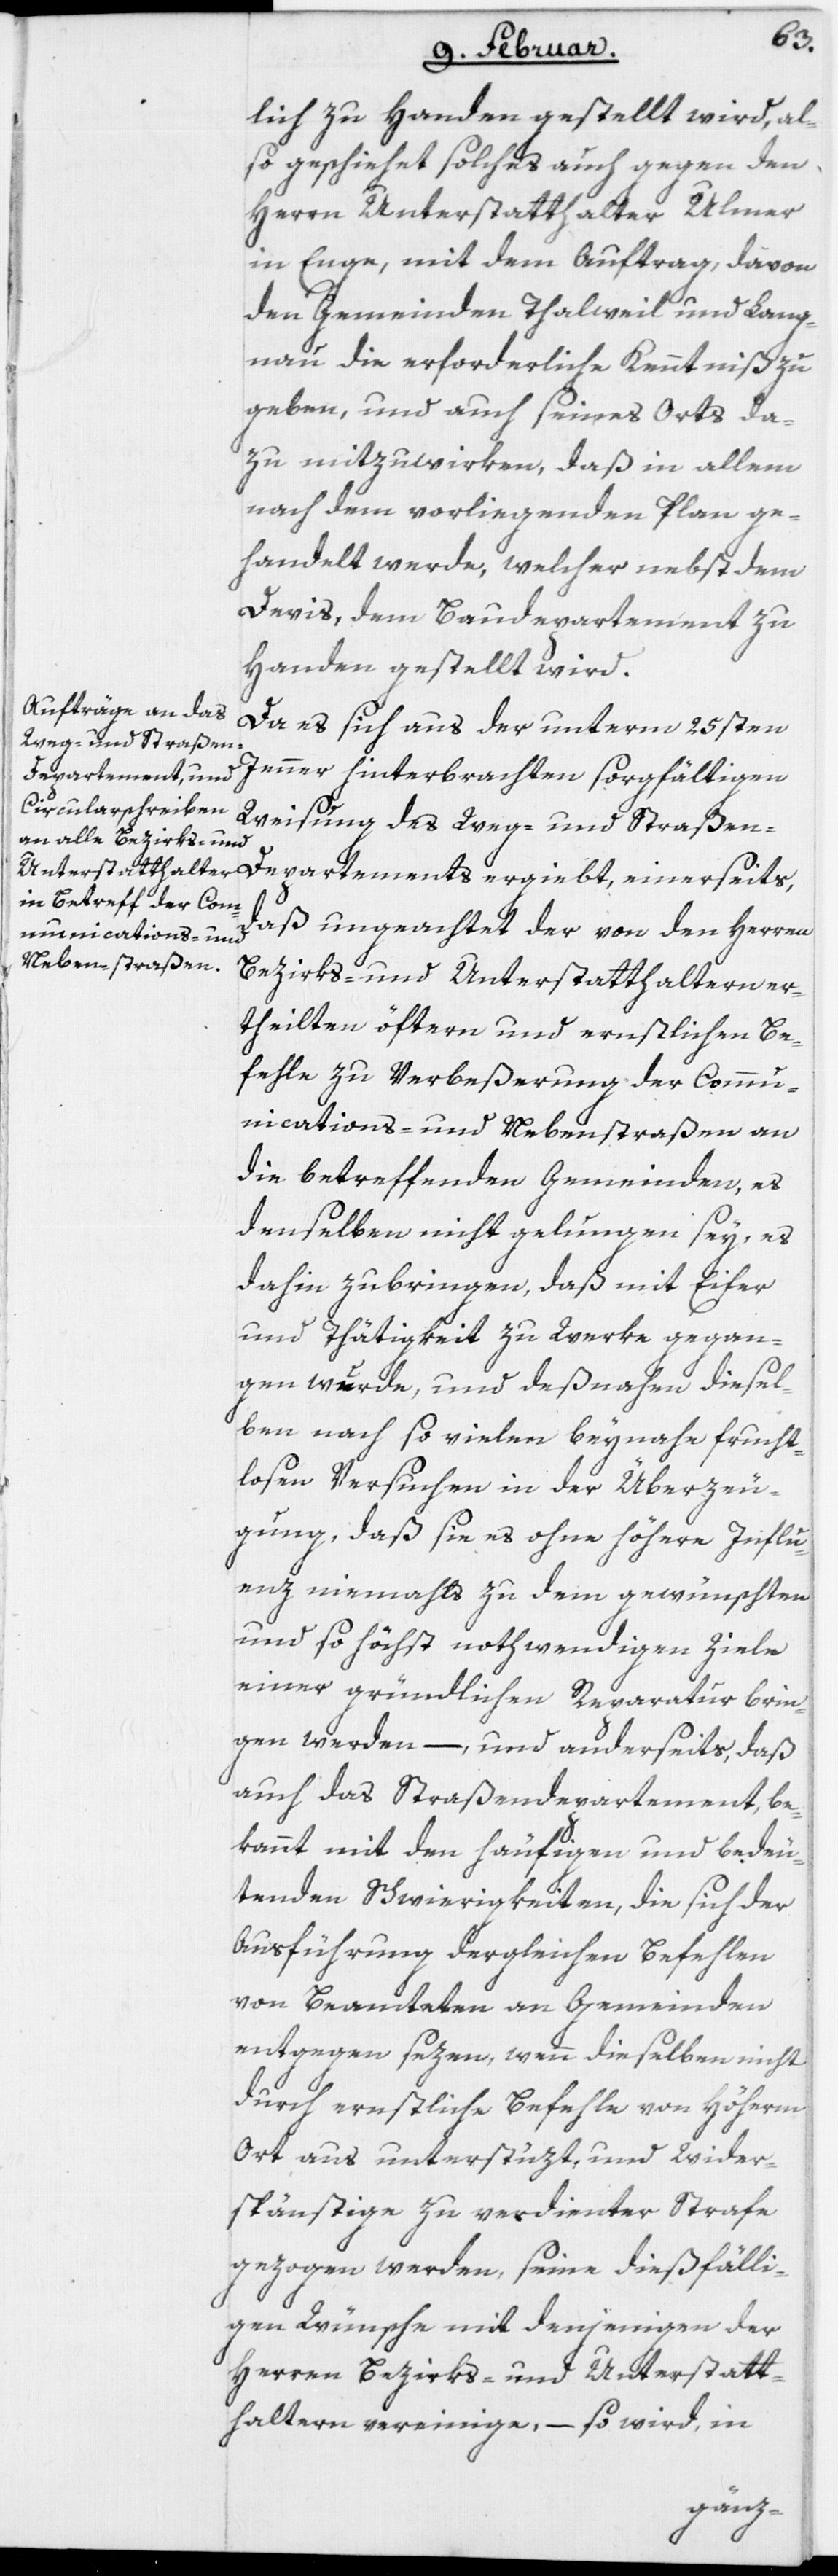
epa¬
lich zu Handen gestellt wird, al¬
so geschiehet solches auch gegen den
Herrn Unterstatthalter Ulmer
in Enge, mit dem Auftrag, davon
den Gemeinden Thalweil und Lang¬
nau die erforderliche Kenntniß zu
geben, und auch seines Orts da¬
zu mitzuwirken, daß in allem
nach dem vorliegenden Plan ge¬
handelt werde, welcher nebst dem
Devis, dem Baudepartement zu
Handen gestellt wird.
Da es sich aus der unterm 25sten
Jenner hinterbrachten sorgfältigen
Weisung des Weg- und Straßen-D¬
daß ungeachtet der von den Herren
Bezirks- und Unterstatthaltern er¬
theilten öftern und ernstlichen Be¬
fehle zu Verbeßerung der Commu¬
nications- und Nebenstraßen an
die betreffenden Gemeinden, es
denselben nicht gelungen sey, es
dahin zu bringen, daß mit Eifer
und Thätigkeit zu Werke gegan¬
gen werde, und deßnahen diesel¬
ben nach so vieler beynahe frucht¬
losen Versuchen in der Überzeu¬
gung, daß sie es ohne höhere Influ¬
enz niemahls zu dem gewünschten
und so höchst nothwendigen Ziele
einer gründlichen Reparatur brin¬
gen werden, – und anderseits, daß
auch das Straßendepartement, be¬
kannt mit den häufigen und bedeu¬
tenden Schwierigkeiten, die sich der
Ausführung dergleichen Befehlen
von Beamteten an Gemeinden
entgegen sezen, wenn dieselben nicht
durch ernstliche Befehle von höherm
Ort aus unterstüzt, und Wider¬
spänstige zu verdienter Strafe
gezogen werden, seine dießfälli¬
gen Wünsche mit denjenigen der
Herren Bezirks- und Unterstatt¬
haltern vereinige, – so wird, in
rtements